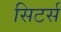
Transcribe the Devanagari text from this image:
सिटर्स